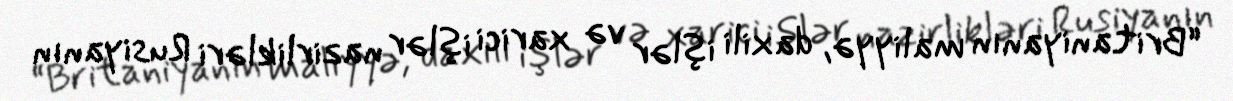
“Britaniyanın maliyyə, daxili işlər və xarici işlər nazirlikləri Rusiyanın